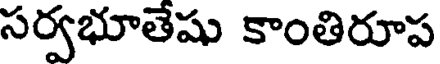
సర్వభూతేషు కాంతిరూప